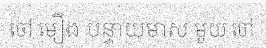
ចៅ មឿង បន្ទាយមាស មួយ ចៅ